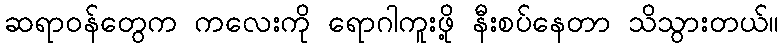
ဆရာဝန်တွေက ကလေးကို ရောဂါကူးဖို့ နီးစပ်နေတာ သိသွားတယ်။